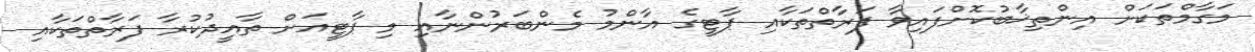
މަގާމްތަކަށް އިންތިޚާބުކޮށްފައިވާ ފަރާތްތަކާއި ޕާޓީގެ އާންމު މެންބަރުންނާއި މި ޕާޓީއަށް ތާއީދުކުރާ ފަރާތްތަކާއި